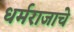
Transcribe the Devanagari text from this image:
धर्मराजाचे